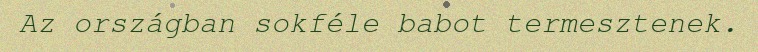
Az országban sokféle babot termesztenek.